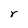
Character: r